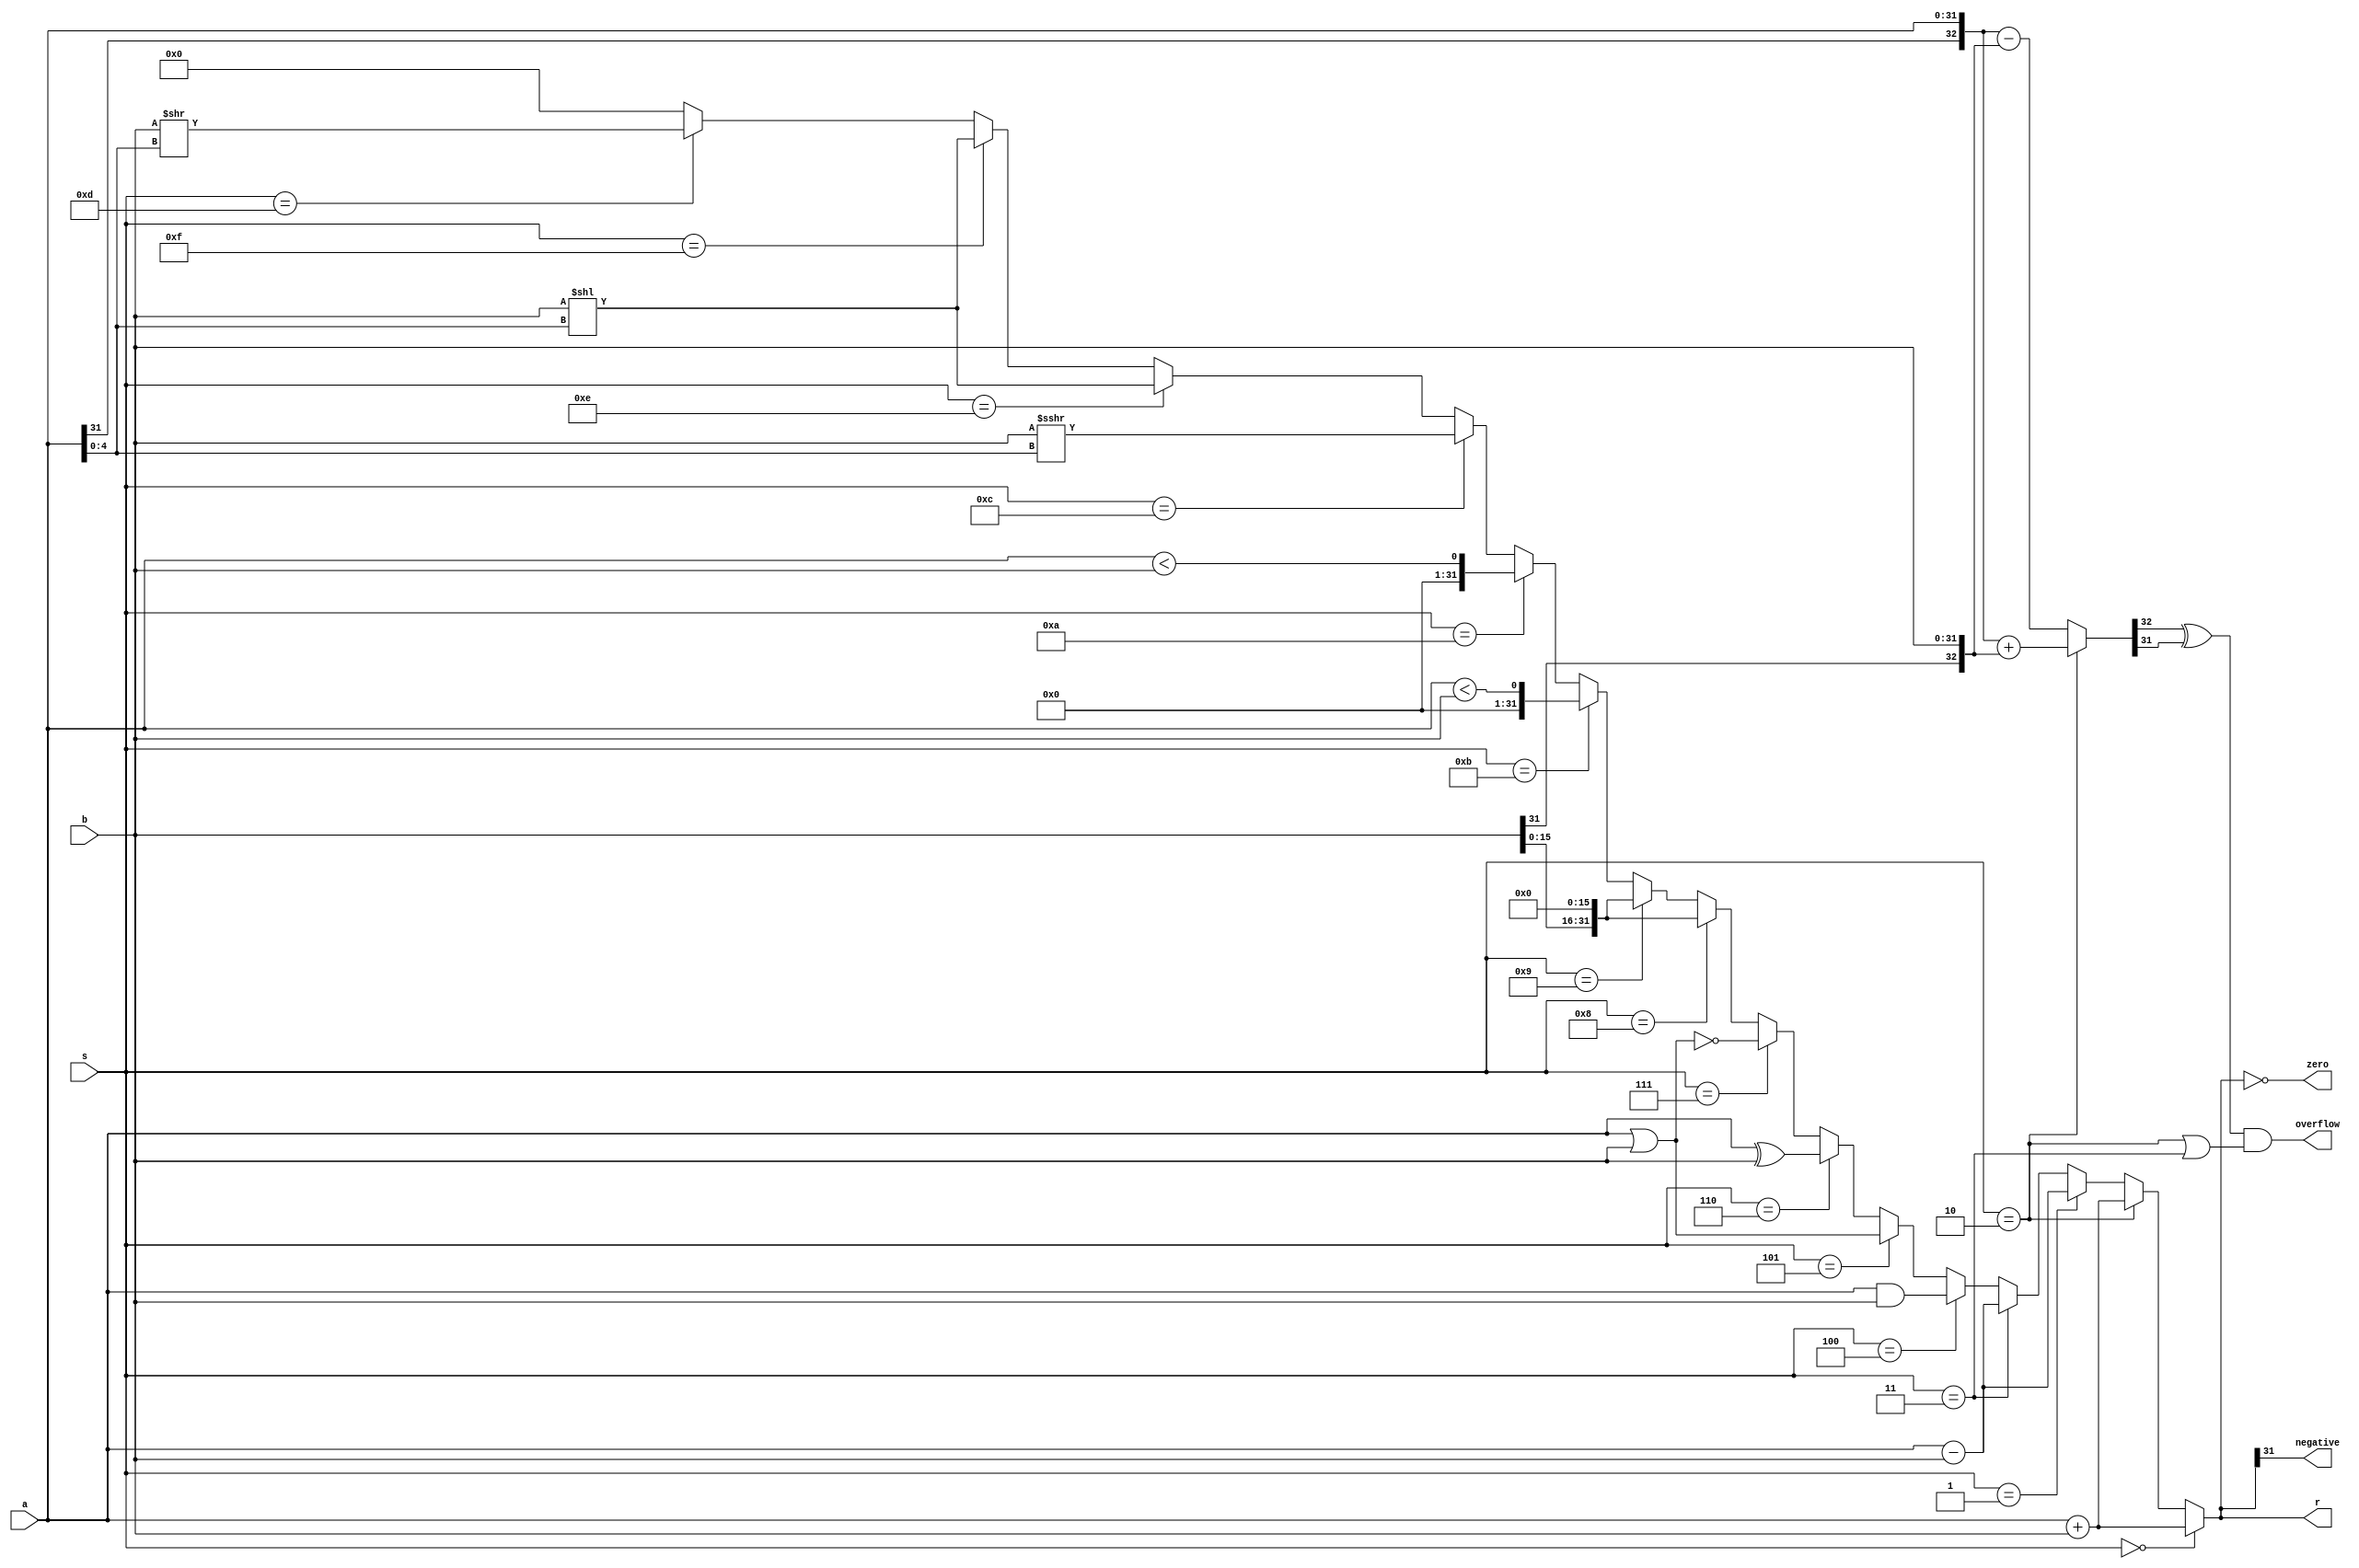
module ALU(a, b, s, r, zero, overflow, negative);
    input [31:0] a;
    input [31:0] b;
    input [3:0] s;
    output [31:0] r;
    output zero;
    output overflow;
    output negative;

    wire [32:0] r_ext;
    assign r_ext = s == 4'b0010 ? {a[31], a} + {b[31], b} : {a[31], a} - {b[31], b};
    assign zero = r == 0;
    assign overflow = (r_ext[32] ^ r_ext[31]) & (s == 4'b0010 | s == 4'b0011);
    assign negative = r[31];
    assign r = s == 4'b0000 ? a + b :
              (s == 4'b0010 ? a + b :
              (s == 4'b0001 ? a - b :
              (s == 4'b0011 ? a - b :
              (s == 4'b0100 ? a & b :
              (s == 4'b0101 ? a | b :
              (s == 4'b0110 ? a ^ b :
              (s == 4'b0111 ? ~(a | b) :
              (s == 4'b1000 ? {b[15:0], 16'b0} :
              (s == 4'b1001 ? {b[15:0], 16'b0} :
              (s == 4'b1011 ? $signed(a) < $signed(b) :
              (s == 4'b1010 ? a < b :
              (s == 4'b1100 ? $signed($signed(b) >>> a[4:0]):
              (s == 4'b1110 ? b << a[4:0] :
              (s == 4'b1111 ? b << a[4:0] :
              (s == 4'b1101 ? b >> a[4:0] :
               32'b0)))))))))))))));
endmodule

module MUL(a, b, r, sign);
    input [31:0] a;
    input [31:0] b;
    input sign;
    output [63:0] r;
    wire [31:0] a_abs;
    wire [31:0] b_abs;
    wire [63:0] r_abs;
    assign a_abs = sign & a[31] ? -a : a;
    assign b_abs = sign & b[31] ? -b : b;
    assign r_abs =
        ((b_abs[00] ? {32'b0, a_abs}        : 64'b0) + (b_abs[01] ? {31'b0, a_abs, 01'b0} : 64'b0) +
         (b_abs[02] ? {30'b0, a_abs, 02'b0} : 64'b0) + (b_abs[03] ? {29'b0, a_abs, 03'b0} : 64'b0) +
         (b_abs[04] ? {28'b0, a_abs, 04'b0} : 64'b0) + (b_abs[05] ? {27'b0, a_abs, 05'b0} : 64'b0) +
         (b_abs[06] ? {26'b0, a_abs, 06'b0} : 64'b0) + (b_abs[07] ? {25'b0, a_abs, 07'b0} : 64'b0) +
         (b_abs[08] ? {24'b0, a_abs, 08'b0} : 64'b0) + (b_abs[09] ? {23'b0, a_abs, 09'b0} : 64'b0) +
         (b_abs[10] ? {22'b0, a_abs, 10'b0} : 64'b0) + (b_abs[11] ? {21'b0, a_abs, 11'b0} : 64'b0) +
         (b_abs[12] ? {20'b0, a_abs, 12'b0} : 64'b0) + (b_abs[13] ? {19'b0, a_abs, 13'b0} : 64'b0) +
         (b_abs[14] ? {18'b0, a_abs, 14'b0} : 64'b0) + (b_abs[15] ? {17'b0, a_abs, 15'b0} : 64'b0) +
         (b_abs[16] ? {16'b0, a_abs, 16'b0} : 64'b0) + (b_abs[17] ? {15'b0, a_abs, 17'b0} : 64'b0) +
         (b_abs[18] ? {14'b0, a_abs, 18'b0} : 64'b0) + (b_abs[19] ? {13'b0, a_abs, 19'b0} : 64'b0) +
         (b_abs[20] ? {12'b0, a_abs, 20'b0} : 64'b0) + (b_abs[21] ? {11'b0, a_abs, 21'b0} : 64'b0) +
         (b_abs[22] ? {10'b0, a_abs, 22'b0} : 64'b0) + (b_abs[23] ? {09'b0, a_abs, 23'b0} : 64'b0) +
         (b_abs[24] ? {08'b0, a_abs, 24'b0} : 64'b0) + (b_abs[25] ? {07'b0, a_abs, 25'b0} : 64'b0) +
         (b_abs[26] ? {06'b0, a_abs, 26'b0} : 64'b0) + (b_abs[27] ? {05'b0, a_abs, 27'b0} : 64'b0) +
         (b_abs[28] ? {04'b0, a_abs, 28'b0} : 64'b0) + (b_abs[29] ? {03'b0, a_abs, 29'b0} : 64'b0) +
         (b_abs[30] ? {02'b0, a_abs, 30'b0} : 64'b0) + (b_abs[31] ? {01'b0, a_abs, 31'b0} : 64'b0));
    assign r = sign & (a[31] ^ b[31]) ? -r_abs : r_abs;
endmodule

module DIV(a, b, q, r, sign, dbz);
    input [31:0] a, b;
    input sign;
    output [31:0] q, r;
    output dbz;
    wire [31:0] a_abs, b_abs, q_abs, r_abs;
    assign a_abs = sign & a[31] ? -a : a;
    assign b_abs = sign & b[31] ? -b : b;
    wire [31:0] r00, r01, r02, r03, r04, r05, r06, r07,
                r08, r09, r10, r11, r12, r13, r14, r15,
                r16, r17, r18, r19, r20, r21, r22, r23,
                r24, r25, r26, r27, r28, r29, r30, r31, r32;
    wire [31:0] d00, d01, d02, d03, d04, d05, d06, d07,
                d08, d09, d10, d11, d12, d13, d14, d15,
                d16, d17, d18, d19, d20, d21, d22, d23,
                d24, d25, d26, d27, d28, d29, d30, d31;
    assign r32 = 32'd0;
    assign d31 = {r32[30:0], a_abs[31]}; assign r31 = d31 - (d31 < b_abs ? 32'd0 : b_abs);
    assign d30 = {r31[30:0], a_abs[30]}; assign r30 = d30 - (d30 < b_abs ? 32'd0 : b_abs);
    assign d29 = {r30[30:0], a_abs[29]}; assign r29 = d29 - (d29 < b_abs ? 32'd0 : b_abs);
    assign d28 = {r29[30:0], a_abs[28]}; assign r28 = d28 - (d28 < b_abs ? 32'd0 : b_abs);
    assign d27 = {r28[30:0], a_abs[27]}; assign r27 = d27 - (d27 < b_abs ? 32'd0 : b_abs);
    assign d26 = {r27[30:0], a_abs[26]}; assign r26 = d26 - (d26 < b_abs ? 32'd0 : b_abs);
    assign d25 = {r26[30:0], a_abs[25]}; assign r25 = d25 - (d25 < b_abs ? 32'd0 : b_abs);
    assign d24 = {r25[30:0], a_abs[24]}; assign r24 = d24 - (d24 < b_abs ? 32'd0 : b_abs);
    assign d23 = {r24[30:0], a_abs[23]}; assign r23 = d23 - (d23 < b_abs ? 32'd0 : b_abs);
    assign d22 = {r23[30:0], a_abs[22]}; assign r22 = d22 - (d22 < b_abs ? 32'd0 : b_abs);
    assign d21 = {r22[30:0], a_abs[21]}; assign r21 = d21 - (d21 < b_abs ? 32'd0 : b_abs);
    assign d20 = {r21[30:0], a_abs[20]}; assign r20 = d20 - (d20 < b_abs ? 32'd0 : b_abs);
    assign d19 = {r20[30:0], a_abs[19]}; assign r19 = d19 - (d19 < b_abs ? 32'd0 : b_abs);
    assign d18 = {r19[30:0], a_abs[18]}; assign r18 = d18 - (d18 < b_abs ? 32'd0 : b_abs);
    assign d17 = {r18[30:0], a_abs[17]}; assign r17 = d17 - (d17 < b_abs ? 32'd0 : b_abs);
    assign d16 = {r17[30:0], a_abs[16]}; assign r16 = d16 - (d16 < b_abs ? 32'd0 : b_abs);
    assign d15 = {r16[30:0], a_abs[15]}; assign r15 = d15 - (d15 < b_abs ? 32'd0 : b_abs);
    assign d14 = {r15[30:0], a_abs[14]}; assign r14 = d14 - (d14 < b_abs ? 32'd0 : b_abs);
    assign d13 = {r14[30:0], a_abs[13]}; assign r13 = d13 - (d13 < b_abs ? 32'd0 : b_abs);
    assign d12 = {r13[30:0], a_abs[12]}; assign r12 = d12 - (d12 < b_abs ? 32'd0 : b_abs);
    assign d11 = {r12[30:0], a_abs[11]}; assign r11 = d11 - (d11 < b_abs ? 32'd0 : b_abs);
    assign d10 = {r11[30:0], a_abs[10]}; assign r10 = d10 - (d10 < b_abs ? 32'd0 : b_abs);
    assign d09 = {r10[30:0], a_abs[09]}; assign r09 = d09 - (d09 < b_abs ? 32'd0 : b_abs);
    assign d08 = {r09[30:0], a_abs[08]}; assign r08 = d08 - (d08 < b_abs ? 32'd0 : b_abs);
    assign d07 = {r08[30:0], a_abs[07]}; assign r07 = d07 - (d07 < b_abs ? 32'd0 : b_abs);
    assign d06 = {r07[30:0], a_abs[06]}; assign r06 = d06 - (d06 < b_abs ? 32'd0 : b_abs);
    assign d05 = {r06[30:0], a_abs[05]}; assign r05 = d05 - (d05 < b_abs ? 32'd0 : b_abs);
    assign d04 = {r05[30:0], a_abs[04]}; assign r04 = d04 - (d04 < b_abs ? 32'd0 : b_abs);
    assign d03 = {r04[30:0], a_abs[03]}; assign r03 = d03 - (d03 < b_abs ? 32'd0 : b_abs);
    assign d02 = {r03[30:0], a_abs[02]}; assign r02 = d02 - (d02 < b_abs ? 32'd0 : b_abs);
    assign d01 = {r02[30:0], a_abs[01]}; assign r01 = d01 - (d01 < b_abs ? 32'd0 : b_abs);
    assign d00 = {r01[30:0], a_abs[00]}; assign r00 = d00 - (d00 < b_abs ? 32'd0 : b_abs);
    assign q_abs = ((!(d00 < b_abs)) << 5'd00) + ((!(d01 < b_abs)) << 5'd01) +
                   ((!(d02 < b_abs)) << 5'd02) + ((!(d03 < b_abs)) << 5'd03) +
                   ((!(d04 < b_abs)) << 5'd04) + ((!(d05 < b_abs)) << 5'd05) +
                   ((!(d06 < b_abs)) << 5'd06) + ((!(d07 < b_abs)) << 5'd07) +
                   ((!(d08 < b_abs)) << 5'd08) + ((!(d09 < b_abs)) << 5'd09) +
                   ((!(d10 < b_abs)) << 5'd10) + ((!(d11 < b_abs)) << 5'd11) +
                   ((!(d12 < b_abs)) << 5'd12) + ((!(d13 < b_abs)) << 5'd13) +
                   ((!(d14 < b_abs)) << 5'd14) + ((!(d15 < b_abs)) << 5'd15) +
                   ((!(d16 < b_abs)) << 5'd16) + ((!(d17 < b_abs)) << 5'd17) +
                   ((!(d18 < b_abs)) << 5'd18) + ((!(d19 < b_abs)) << 5'd19) +
                   ((!(d20 < b_abs)) << 5'd20) + ((!(d21 < b_abs)) << 5'd21) +
                   ((!(d22 < b_abs)) << 5'd22) + ((!(d23 < b_abs)) << 5'd23) +
                   ((!(d24 < b_abs)) << 5'd24) + ((!(d25 < b_abs)) << 5'd25) +
                   ((!(d26 < b_abs)) << 5'd26) + ((!(d27 < b_abs)) << 5'd27) +
                   ((!(d28 < b_abs)) << 5'd28) + ((!(d29 < b_abs)) << 5'd29) +
                   ((!(d30 < b_abs)) << 5'd30) + ((!(d31 < b_abs)) << 5'd31);
    assign r_abs = r00;
    assign q = sign & (a[31] ^ b[31]) ? -q_abs : q_abs;
    assign r = sign & a[31] ? -r_abs : r_abs;
    assign dbz = b == 32'd0;
endmodule